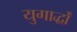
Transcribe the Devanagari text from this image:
युगार्द्धों